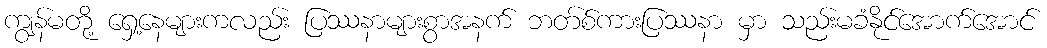
ကျွန်မတို့ ရှေ့နေများကလည်း ပြဿနာများစွာအနက် ဘတ်စ်ကားပြဿနာ မှာ သည်းမခံနိုင်အောက်အောင်